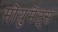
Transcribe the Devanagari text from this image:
मोंयुमेंट्स